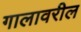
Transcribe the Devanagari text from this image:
गालावरील